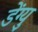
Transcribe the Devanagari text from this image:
डेंग्यु